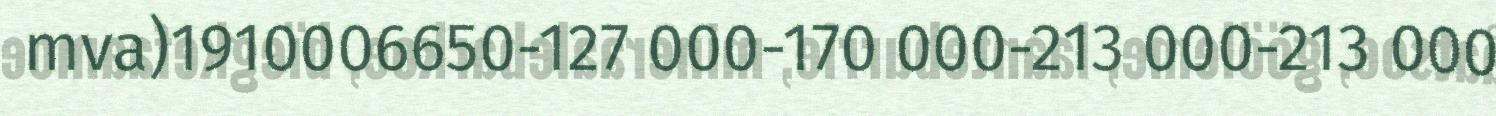
mva)1910006650-127 000-170 000-213 000-213 000